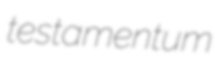
testamentum